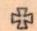
+